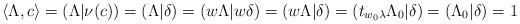
LaTeX: \begin{align*}\langle \Lambda, c\rangle = (\Lambda|\nu(c))=(\Lambda|\delta)=(w\Lambda|w\delta)=(w\Lambda|\delta)=(t_{w_0\lambda}\Lambda_0|\delta)=(\Lambda_0|\delta)=1\end{align*}